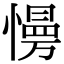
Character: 𢢔